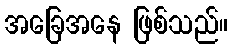
အခြေအနေ ဖြစ်သည်။